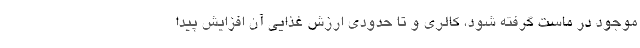
موجود در ماست گرفته شود، کالری و تا حدودی ارزش غذایی آن افزایش پیدا